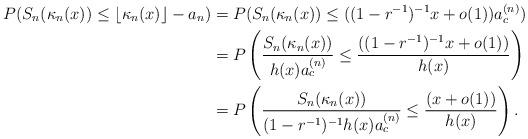
LaTeX: \begin{align*}P(S_n(\kappa_n(x))\leq\lfloor\kappa_n(x)\rfloor-a_n)&=P(S_n(\kappa_n(x))\leq ((1-r^{-1})^{-1}x+o(1))a_c^{(n)})\\&=P\left(\frac{S_n(\kappa_n(x))}{h(x)a_c^{(n)}}\leq\frac{((1-r^{-1})^{-1}x+o(1))}{h(x)}\right)\\&=P\left(\frac{S_n(\kappa_n(x))}{(1-r^{-1})^{-1}h(x)a_c^{(n)}}\leq\frac{(x+o(1))}{h(x)}\right).\end{align*}